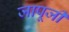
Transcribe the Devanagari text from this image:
जापूजी